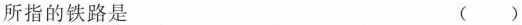
所指的铁路是 ( )